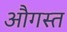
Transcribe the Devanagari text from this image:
औगस्त